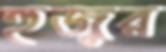
হুজুর